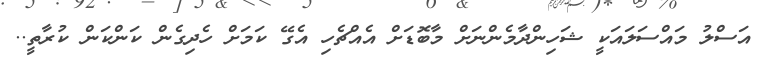
އަސްލު މައްސަލައަކީ ޝަހިންދާމެންނަށް މާބޮޑަށް އެއްޗެހި އެގޭ ކަމަށް ހެދިގެން ކަންކަން ކުރާތީ..